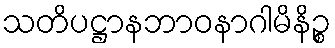
သတိပဋ္ဌာနဘာဝနာဂါမိနိဉ္စ